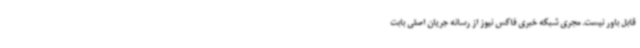
قابل باور نیست. مجری شبکه خبری فاکس نیوز از رسانه جریان اصلی بابت